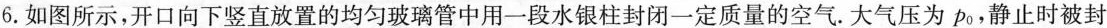
6.如图所示，开口向下竖直放置的均匀玻璃管中用一段水银柱封闭一定质量的空气.大气压为p_{0}，静止时被封